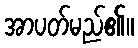
အာပတ်မည်၏။